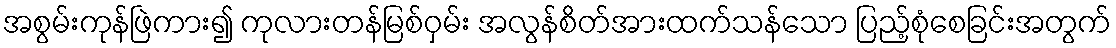
အစွမ်းကုန်ဖြဲကား၍ ကုလားတန်မြစ်ဝှမ်း အလွန်စိတ်အားထက်သန်သော ပြည့်စုံစေခြင်းအတွက်